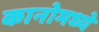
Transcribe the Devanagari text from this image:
कानोमध्ये